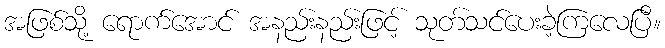
အဖြစ်သို့ ရောက်အောင် အနည်းနည်းဖြင့် သုတ်သင်ပေးခဲ့ကြလေပြီ။